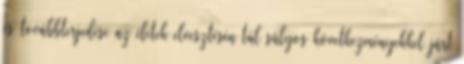
és továbbterjedése az életek elvesztésén túl súlyos következményekkel járt